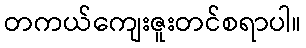
တကယ်ကျေးဇူးတင်စရာပါ။